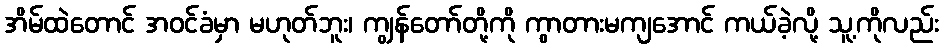
အိမ်ထဲတောင် အဝင်ခံမှာ မဟုတ်ဘူး၊ ကျွန်တော်တို့ကို ကွာတားမကျအောင် ကယ်ခဲ့လို့ သူ့ကိုလည်း